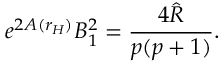
e ^ { 2 A ( r _ { H } ) } B _ { 1 } ^ { 2 } = \frac { 4 \hat { R } } { p ( p + 1 ) } .